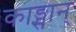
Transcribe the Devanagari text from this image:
काङ्सान्